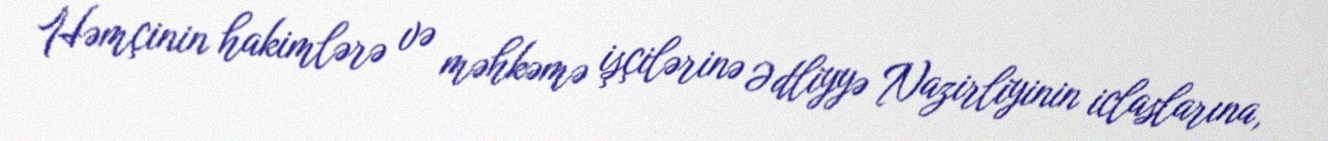
Həmçinin hakimlərə və məhkəmə işçilərinə Ədliyyə Nazirliyinin iclaslarına,